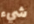
شيء